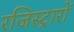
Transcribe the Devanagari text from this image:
रजिस्ट्रारों